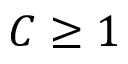
C \geq 1